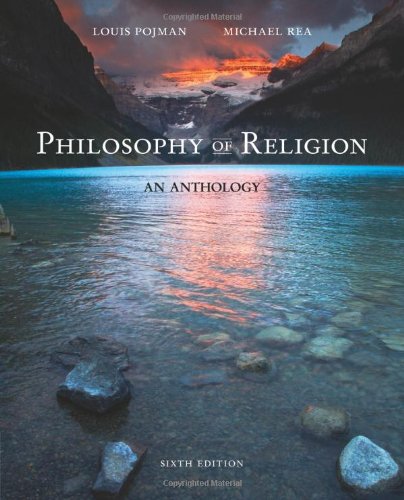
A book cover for Philosophy of Religion: An Anthology; Louis P. Pojman; Politics & Social Sciences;